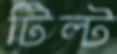
টিল্ট